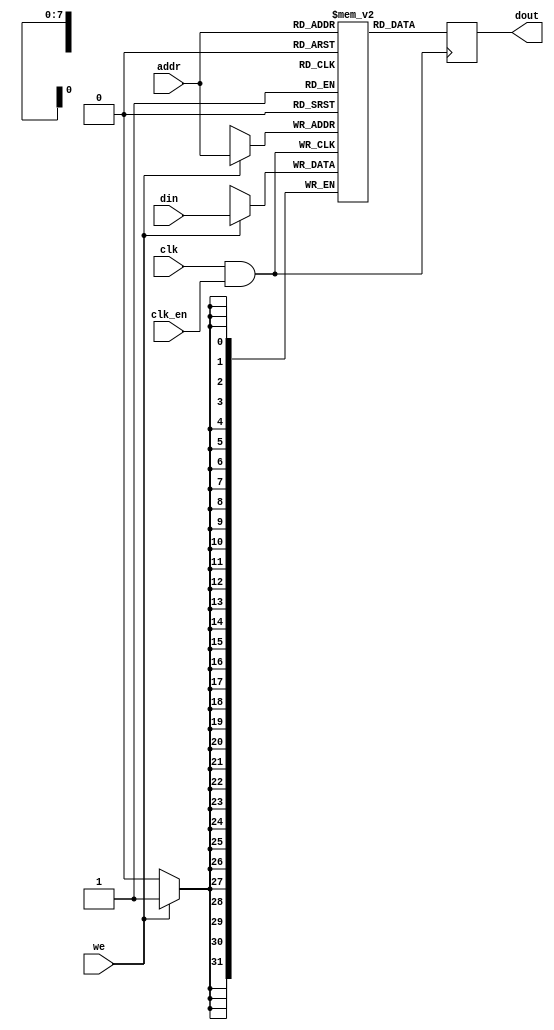
module memory_block (
    input wire clk,         // Original clock signal
    input wire clk_en,      // Static enable signal for clock gating
    input wire [7:0] addr,  // Address input
    input wire [31:0] din,   // Data input for write operation
    input wire we,          // Write enable signal
    output reg [31:0] dout   // Data output for read operation
);

    // Memory array (256 x 32 bits)
    reg [31:0] mem [0:255];

    // Gated clock signal
    wire gated_clk;

    // Clock gating logic (AND gate)
    assign gated_clk = clk & clk_en;

    // Memory operations
    always @(posedge gated_clk) begin
        if (we) begin
            // Write operation
            mem[addr] <= din;
        end
        dout <= mem[addr]; // Read operation
    end

endmodule